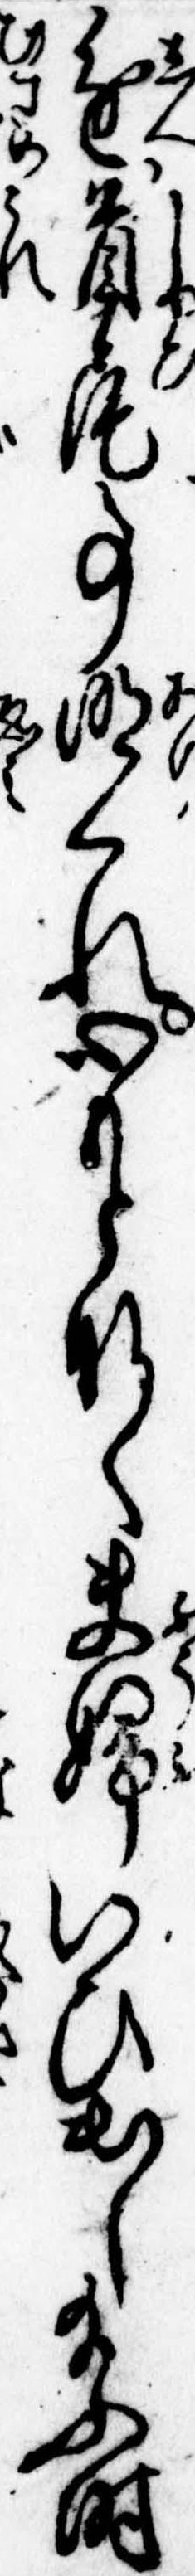
進首尾事明くれ心もとなく夫婦いひ出し給ふ時